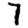
Digit: 7